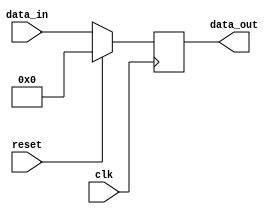
module synchronous_reset_example (
    input wire clk,          // Clock signal
    input wire reset,        // Synchronous reset signal
    input wire [7:0] data_in, // Example data input
    output reg [7:0] data_out // Example data output
);

// Behavioral logic with synchronous reset
always @(posedge clk) begin
    if (reset) begin
        // Reset output to zero when reset is asserted
        data_out <= 8'b0; // Reset value
    end else begin
        // Normal operation: update output based on input
        data_out <= data_in; // Example operation
    end
end

endmodule